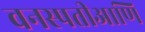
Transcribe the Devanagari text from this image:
वनस्पतीआणि